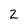
Character: 2